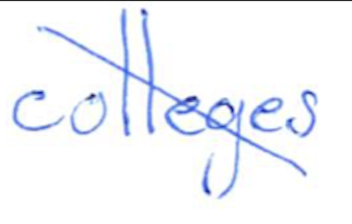
Text: colleges
Cross-out: diagonal
Writing tool: ballpoint